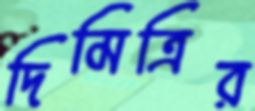
দিমিত্রির